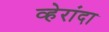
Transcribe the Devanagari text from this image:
व्हेरांदा